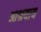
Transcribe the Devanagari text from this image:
आश्रयाय